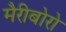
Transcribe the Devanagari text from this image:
मैरीबोरो